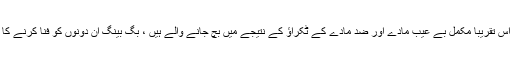
حقیقت میں سخاروف نے یہ نظریہ پیش کیا کہ کائنات میں موجود تمام جوہر اس تقریباً مکمل بے عیب مادّے اور ضد مادّے کے ٹکراؤ کے نتیجے میں بچ جانے والے ہیں ، بگ بینگ ان دونوں کو فنا کرنے کا سبب بنا تھا جس کے نتیجے میں مادّے کی ننھی سی مقدار باقی بچ گئی تھی۔